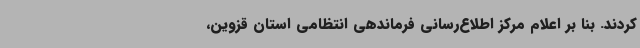
کردند. بنا بر اعلام مرکز اطلاع‌رسانی فرماندهی انتظامی استان قزوین،